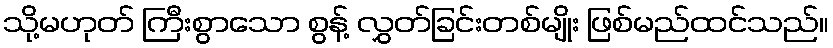
သို့မဟုတ် ကြီးစွာသော စွန့် လွှတ်ခြင်းတစ်မျိုး ဖြစ်မည်ထင်သည်။